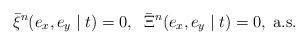
LaTeX: \begin{align*} \bar \xi^n(e_x, e_y \mid t) = 0, \;\; \bar \Xi^n(e_x, e_y \mid t) = 0, \; \mbox{a.s.} \end{align*}